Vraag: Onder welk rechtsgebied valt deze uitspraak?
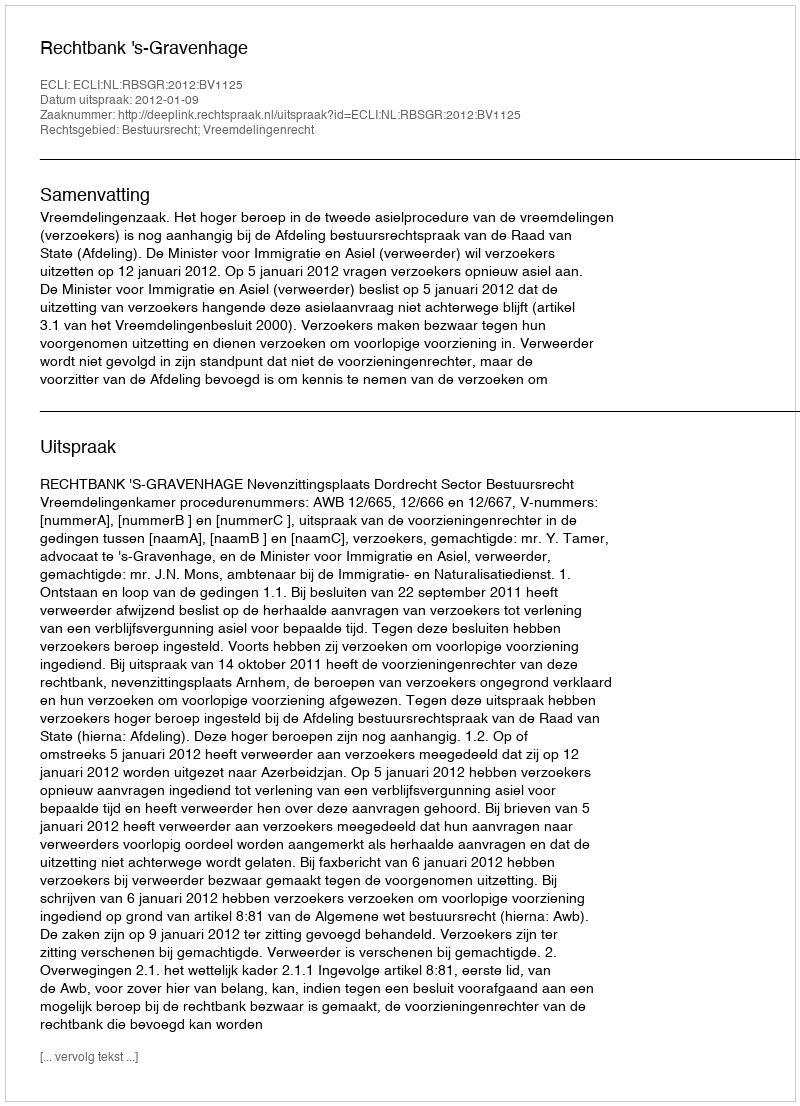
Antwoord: Bestuursrecht; Vreemdelingenrecht